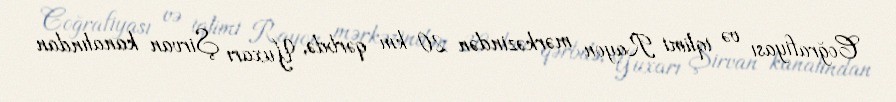
Coğrafiyası və iqlimi Rayon mərkəzindən 20 km qərbdə, Yuxarı Şirvan kanalından